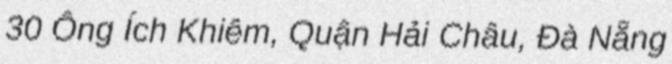
30 Ông Ích Khiêm, Quận Hải Châu, Đà Nẵng